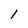
Character: 1